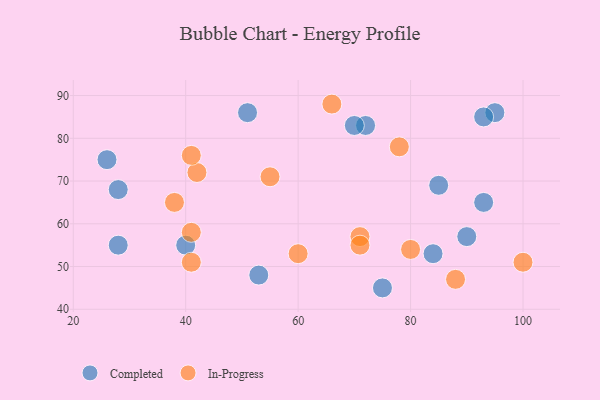
{"axis": {"x": "GDP", "y": "Life Expectancy"}, "legend": ["Completed", "In-Progress"], "data": [{"x": "26", "y": 75, "type": "Completed"}, {"x": "72", "y": 83, "type": "Completed"}, {"x": "85", "y": 69, "type": "Completed"}, {"x": "53", "y": 48, "type": "Completed"}, {"x": "75", "y": 45, "type": "Completed"}, {"x": "40", "y": 55, "type": "Completed"}, {"x": "95", "y": 86, "type": "Completed"}, {"x": "28", "y": 68, "type": "Completed"}, {"x": "90", "y": 57, "type": "Completed"}, {"x": "28", "y": 55, "type": "Completed"}, {"x": "84", "y": 53, "type": "Completed"}, {"x": "70", "y": 83, "type": "Completed"}, {"x": "93", "y": 85, "type": "Completed"}, {"x": "93", "y": 65, "type": "Completed"}, {"x": "51", "y": 86, "type": "Completed"}, {"x": "42", "y": 72, "type": "In-Progress"}, {"x": "66", "y": 88, "type": "In-Progress"}, {"x": "80", "y": 54, "type": "In-Progress"}, {"x": "100", "y": 51, "type": "In-Progress"}, {"x": "71", "y": 57, "type": "In-Progress"}, {"x": "78", "y": 78, "type": "In-Progress"}, {"x": "41", "y": 58, "type": "In-Progress"}, {"x": "55", "y": 71, "type": "In-Progress"}, {"x": "41", "y": 51, "type": "In-Progress"}, {"x": "41", "y": 76, "type": "In-Progress"}, {"x": "88", "y": 47, "type": "In-Progress"}, {"x": "71", "y": 55, "type": "In-Progress"}, {"x": "60", "y": 53, "type": "In-Progress"}, {"x": "38", "y": 65, "type": "In-Progress"}]}